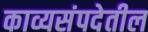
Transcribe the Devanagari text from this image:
काव्यसंपदेतील